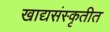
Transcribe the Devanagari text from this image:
खाद्यसंस्कृतीत